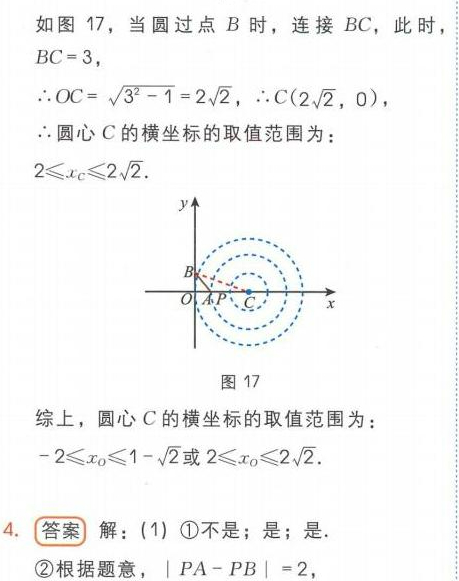
如图 17，当圆过点$B$时，连接$BC$，此时，
$BC = 3$，
$\therefore OC=\sqrt{3^{2}-1}=2\sqrt{2}$，$\therefore C(2\sqrt{2},0)$，
$\therefore$圆心$C$的横坐标的取值范围为：
$2\leqslant x_{C}\leqslant2\sqrt{2}$.

\begin{figure}[h]
\centering
\includegraphics[width=0.4\textwidth]{图17}
\caption{图 17}
\end{figure}

综上，圆心$C$的横坐标的取值范围为：
$-2\leqslant x_{O}\leqslant1 - \sqrt{2}$或$2\leqslant x_{O}\leqslant2\sqrt{2}$.
4. 答案 解：(1) \textcircled{1}不是；是；是.
\textcircled{2}根据题意，$|PA - PB| = 2$，